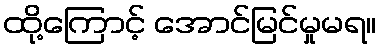
ထို့ကြောင့် အောင်မြင်မှုမရ။